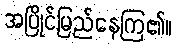
အပြိုင်မြည်နေကြ၏။